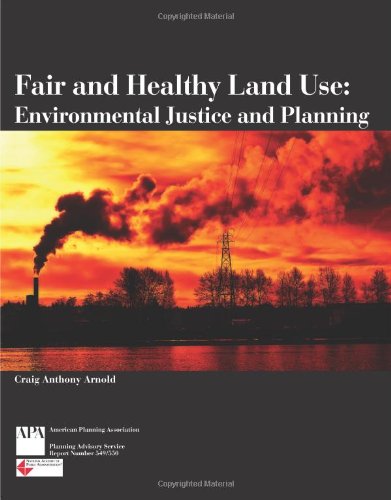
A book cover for Fair and Healthy Land Use: Environmental Justice and Planning; Craig Anthony Arnold; Law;